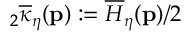
{ } _ { 2 } \overline { { \kappa } } _ { \eta } ( \mathbf { p } ) : = \overline { { H } } _ { \eta } ( \mathbf { p } ) / 2